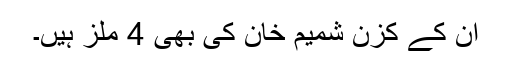
اُن کے کزن شمیم خان کی بھی 4 ملز ہیں۔